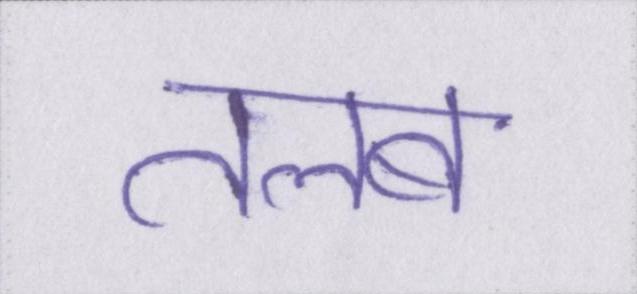
तलब